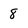
Character: 8